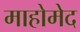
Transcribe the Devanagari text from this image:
माहोमेद